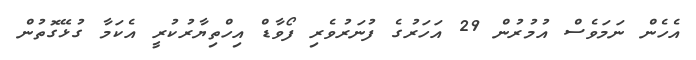
އެހެން ނަމަވެސް އުމުރުން 29 އަހަރުގެ ފުނަރުވެރި ފޯވާޑް އިހްތިޔާރުކުރީ އެކަމާ ގުޅޭގޮތުން